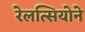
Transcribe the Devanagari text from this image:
रेलत्सियोने